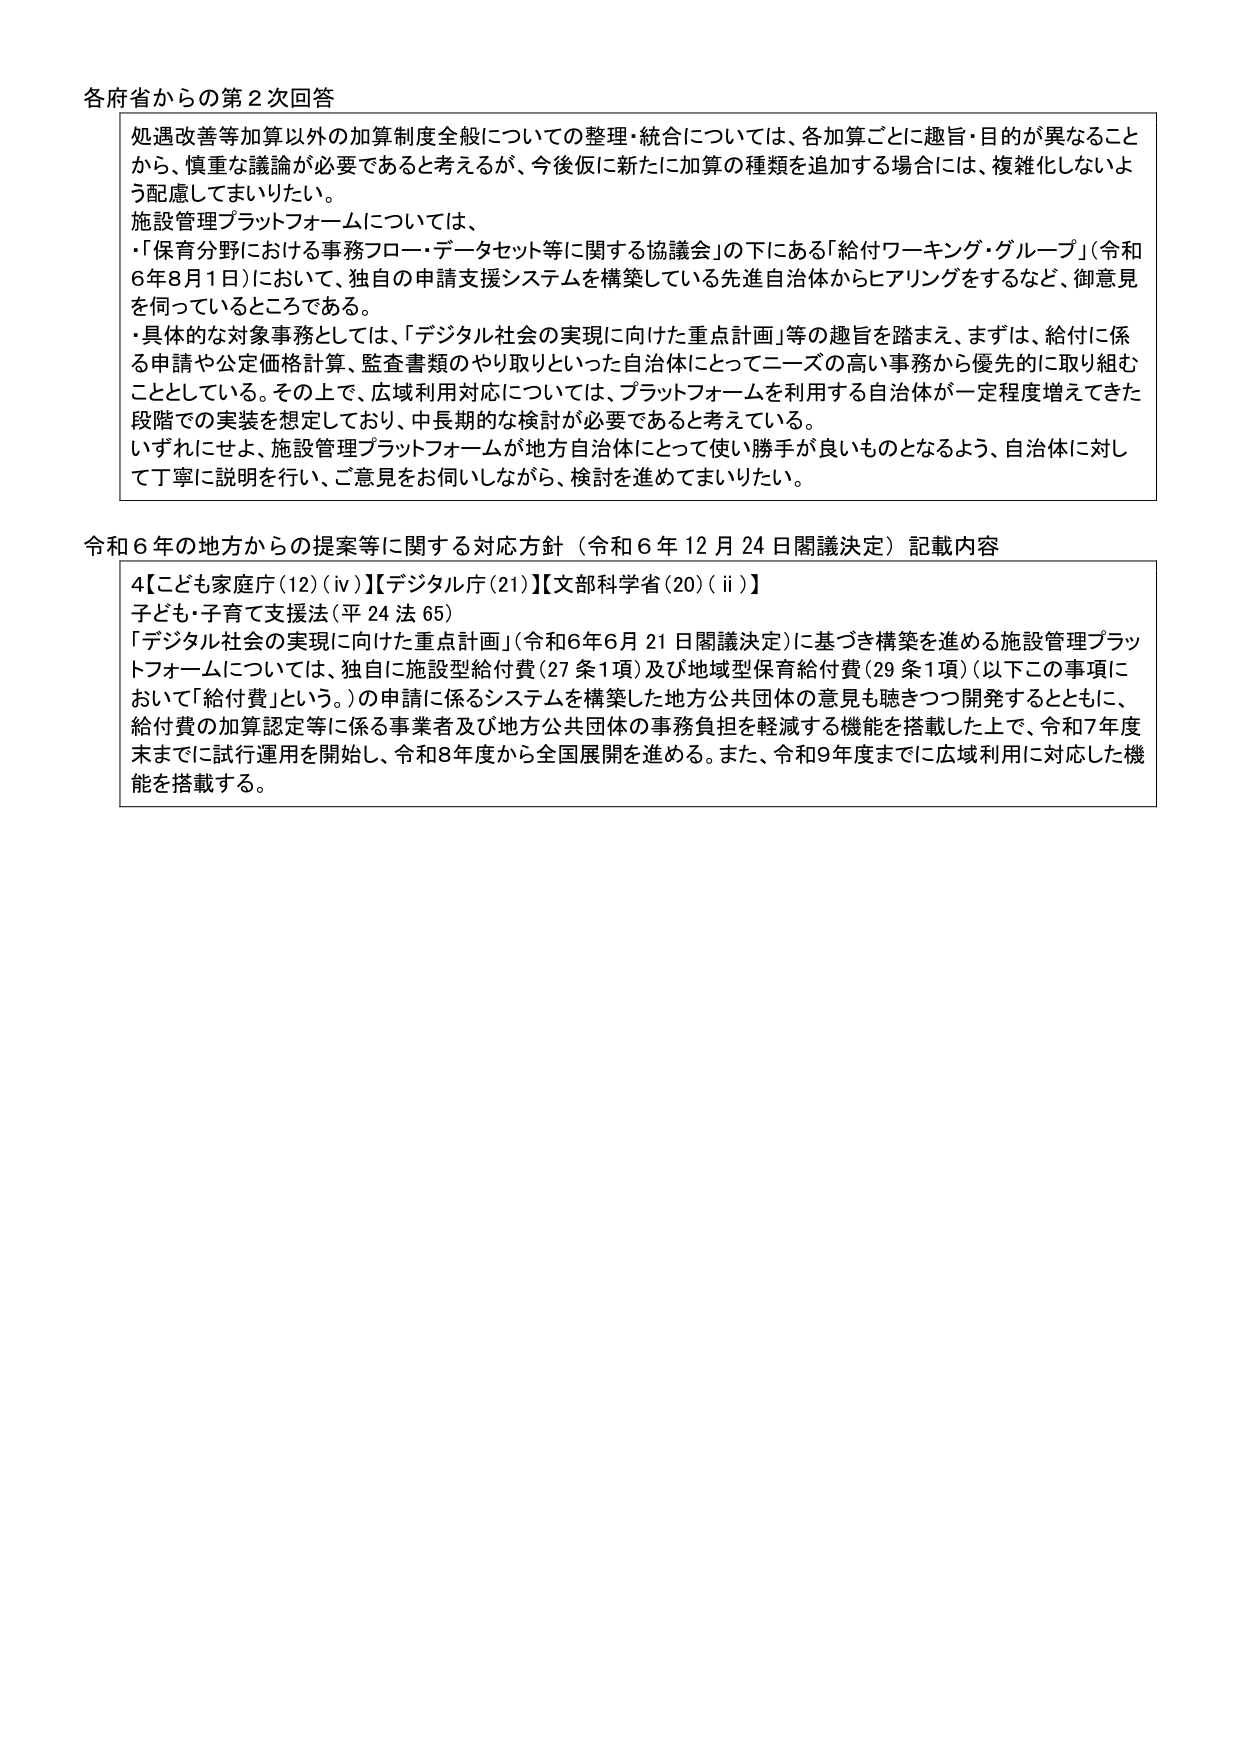
各府省からの第2次回答

処遇改善等加算以外の加算制度全般についての整理・統合については、各加算ごとに趣旨・目的が異なることから、慎重な議論が必要であると考えるが、今後仮に新たに加算の種類を追加する場合には、複雑化しないよう配慮してまいりたい。

施設管理プラットフォームについては、
・「保育分野における事務フロー・データセット等に関する協議会」の下にある「給付ワーキング・グループ」（令和6年8月1日）において、独自の申請支援システムを構築している先進自治体からヒアリングをするなど、御意見を伺っているところである。
・具体的な対象事務としては、「デジタル社会の実現に向けた重点計画」等の趣旨を踏まえ、まずは、給付に係る申請や公定価格計算、監査書類のやり取りといった自治体にとってニーズの高い事務から優先的に取り組むこととしている。その上で、広域利用対応については、プラットフォームを利用する自治体が一定程度増えてきた段階での実装を想定しており、中長期的な検討が必要であると考えている。
いずれにせよ、施設管理プラットフォームが地方自治体にとって使い勝手が良いものとなるよう、自治体に対して丁寧に説明を行い、ご意見をお伺いしながら、検討を進めてまいりたい。

令和6年の地方からの提案等に関する対応方針（令和6年12月24日閣議決定）記載内容

4【こども家庭庁(12)(iv)】【デジタル庁(21)】【文部科学省(20)(ii)】
子ども・子育て支援法（平24法65）
「デジタル社会の実現に向けた重点計画」（令和6年6月21日閣議決定）に基づき構築を進める施設管理プラットフォームについては、独自に施設型給付費（27条1項）及び地域型保育給付費（29条1項）（以下この事項において「給付費」という。）の申請に係るシステムを構築した地方公共団体の意見も聴きつつ開発するとともに、給付費の加算認定等に係る事業者及び地方公共団体の事務負担を軽減する機能を搭載した上で、令和7年度末までに試行運用を開始し、令和8年度から全国展開を進める。また、令和9年度までに広域利用に対応した機能を搭載する。